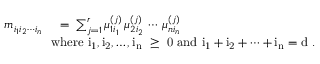
\begin{array} { r l } { m _ { i _ { 1 } i _ { 2 } \cdots i _ { n } } \, \, } & { = \, \, \sum _ { j = 1 } ^ { r } \mu _ { 1 i _ { 1 } } ^ { ( j ) } \, \mu _ { 2 i _ { 2 } } ^ { ( j ) } \, \cdots \, \mu _ { n i _ { n } } ^ { ( j ) } } \\ & { \! \! \! \! \mathrm { w h e r e ~ i _ 1 , i _ 2 , \ldots , i _ n ~ \geq ~ 0 ~ a n d ~ i _ 1 + i _ 2 + \cdots + i _ n = d ~ . } } \end{array}